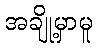
အချို့မှာမူ